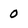
Character: 0